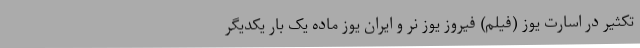
تکثیر در اسارت یوز (فیلم) فیروز یوز نر و ایران یوز ماده یک بار یکدیگر